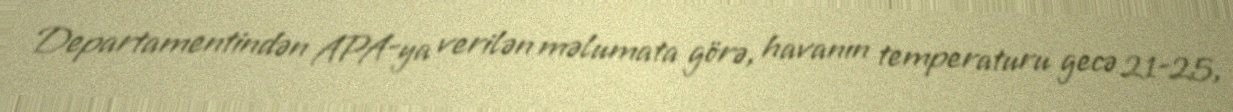
Departamentindən APA-ya verilən məlumata görə, havanın temperaturu gecə 21-25,